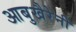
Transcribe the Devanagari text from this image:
आबुखैरेनी